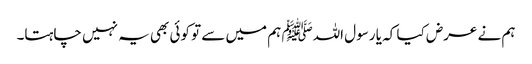
ہم نے عرض کیا کہ یا رسول اللہﷺ ہم میں سے تو کوئی بھی یہ نہیں چاہتا۔